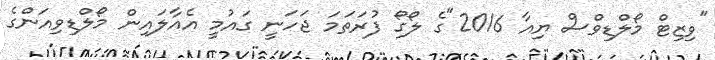
"ވިޒިޓް މޯލްޑިވްސް ޔިއާ 2016"ގެ ލޯގޯ ފުރަތަމަ ޖަހަނީ ގައުމީ އެއާލައިން މޯލްޑިވިއަންގެ